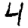
Digit: 4